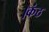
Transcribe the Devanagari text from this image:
।कंठ